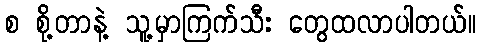
စ စို့တာနဲ့ သူ့မှာကြက်သီး တွေထလာပါတယ်။